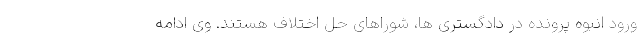
ورود انبوه پرونده در دادگستری ها، شوراهای حل اختلاف هستند. وی ادامه